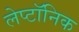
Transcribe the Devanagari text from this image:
लेप्टॉनिक